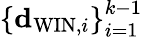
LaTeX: \left\{ {\mathbf d}_{\mathrm{WIN},i}\right\} _{i=1}^{k-1}